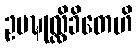
ဥပဍ္ဎုလ္လိခိတေဟိ